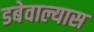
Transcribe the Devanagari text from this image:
डबेवाल्यास